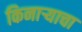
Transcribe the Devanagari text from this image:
किनार्‍याचा